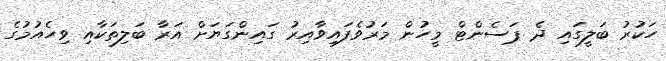
ހަކުރު ބަލީގައި ދެ ޕަސެންޓް މީހުން މަރުވެފައިވާއިރު ގައިންގަޔަށް އަރާ ބަލިތަކާއި ވިހެއުމުގެ